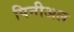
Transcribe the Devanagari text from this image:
पिनीअल